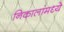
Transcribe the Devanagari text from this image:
निकालांमध्ये